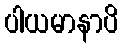
ပါယမာနာပိ